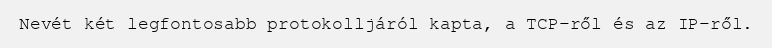
Nevét két legfontosabb protokolljáról kapta, a TCP-ről és az IP-ről.